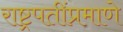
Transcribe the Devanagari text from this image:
राष्ट्रपतींप्रमाणे